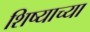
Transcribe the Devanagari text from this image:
शिष्याच्या